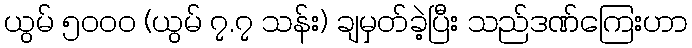
ယွမ် ၅၀ဝဝ (ယွမ် ၇.၇ သန်း) ချမှတ်ခဲ့ပြီး သည်ဒဏ်ကြေးဟာ